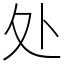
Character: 处